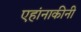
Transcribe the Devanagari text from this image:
एहांनाकीनी